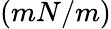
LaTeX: (mN/m)